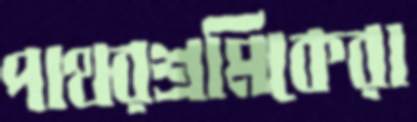
পাথরশ্রমিকেরা